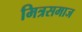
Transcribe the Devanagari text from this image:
मित्रसमाज